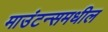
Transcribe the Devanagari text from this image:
माउंटन्समधील